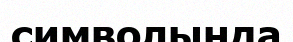
символында